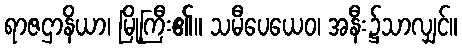
ရာဇဌာနိယာ၊ မြို့ကြီး၏။ သမီပေယေဝ၊ အနီး၌သာလျှင်။